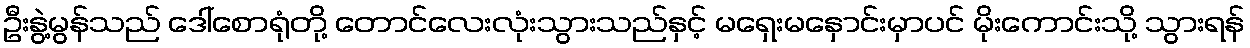
ဦးနွဲ့မွန်သည် ဒေါ်စောရုံတို့ တောင်လေးလုံးသွားသည်နှင့် မရှေးမနှောင်းမှာပင် မိုးကောင်းသို့ သွားရန်